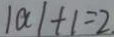
\vert a \vert + 1 = 2